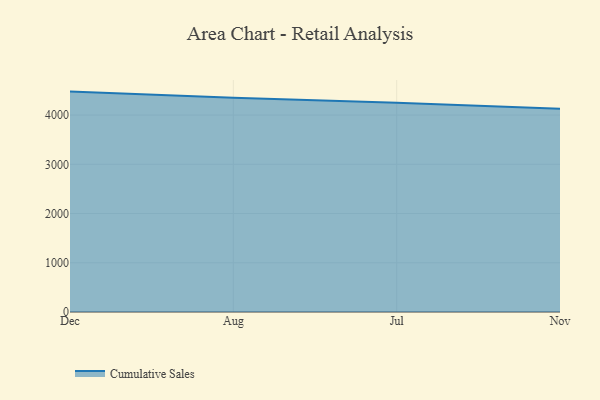
{"axis": {"x": "Month", "y": "Tickets Resolved"}, "legend": ["Cumulative Sales"], "data": [{"x": "Dec", "y": 4476.5, "type": "Cumulative Sales"}, {"x": "Aug", "y": 4354.1, "type": "Cumulative Sales"}, {"x": "Jul", "y": 4250.8, "type": "Cumulative Sales"}, {"x": "Nov", "y": 4129.3, "type": "Cumulative Sales"}]}